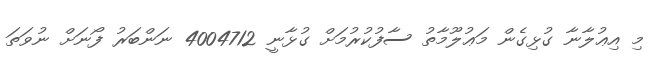
މި އިޢުލާނާ ގުޅިގެން މަޢުލޫމާތު ސާފުކުރުމަށް ގުޅާނީ 4004712 ނަންބަރު ފޯނަށް ނުވަތަ